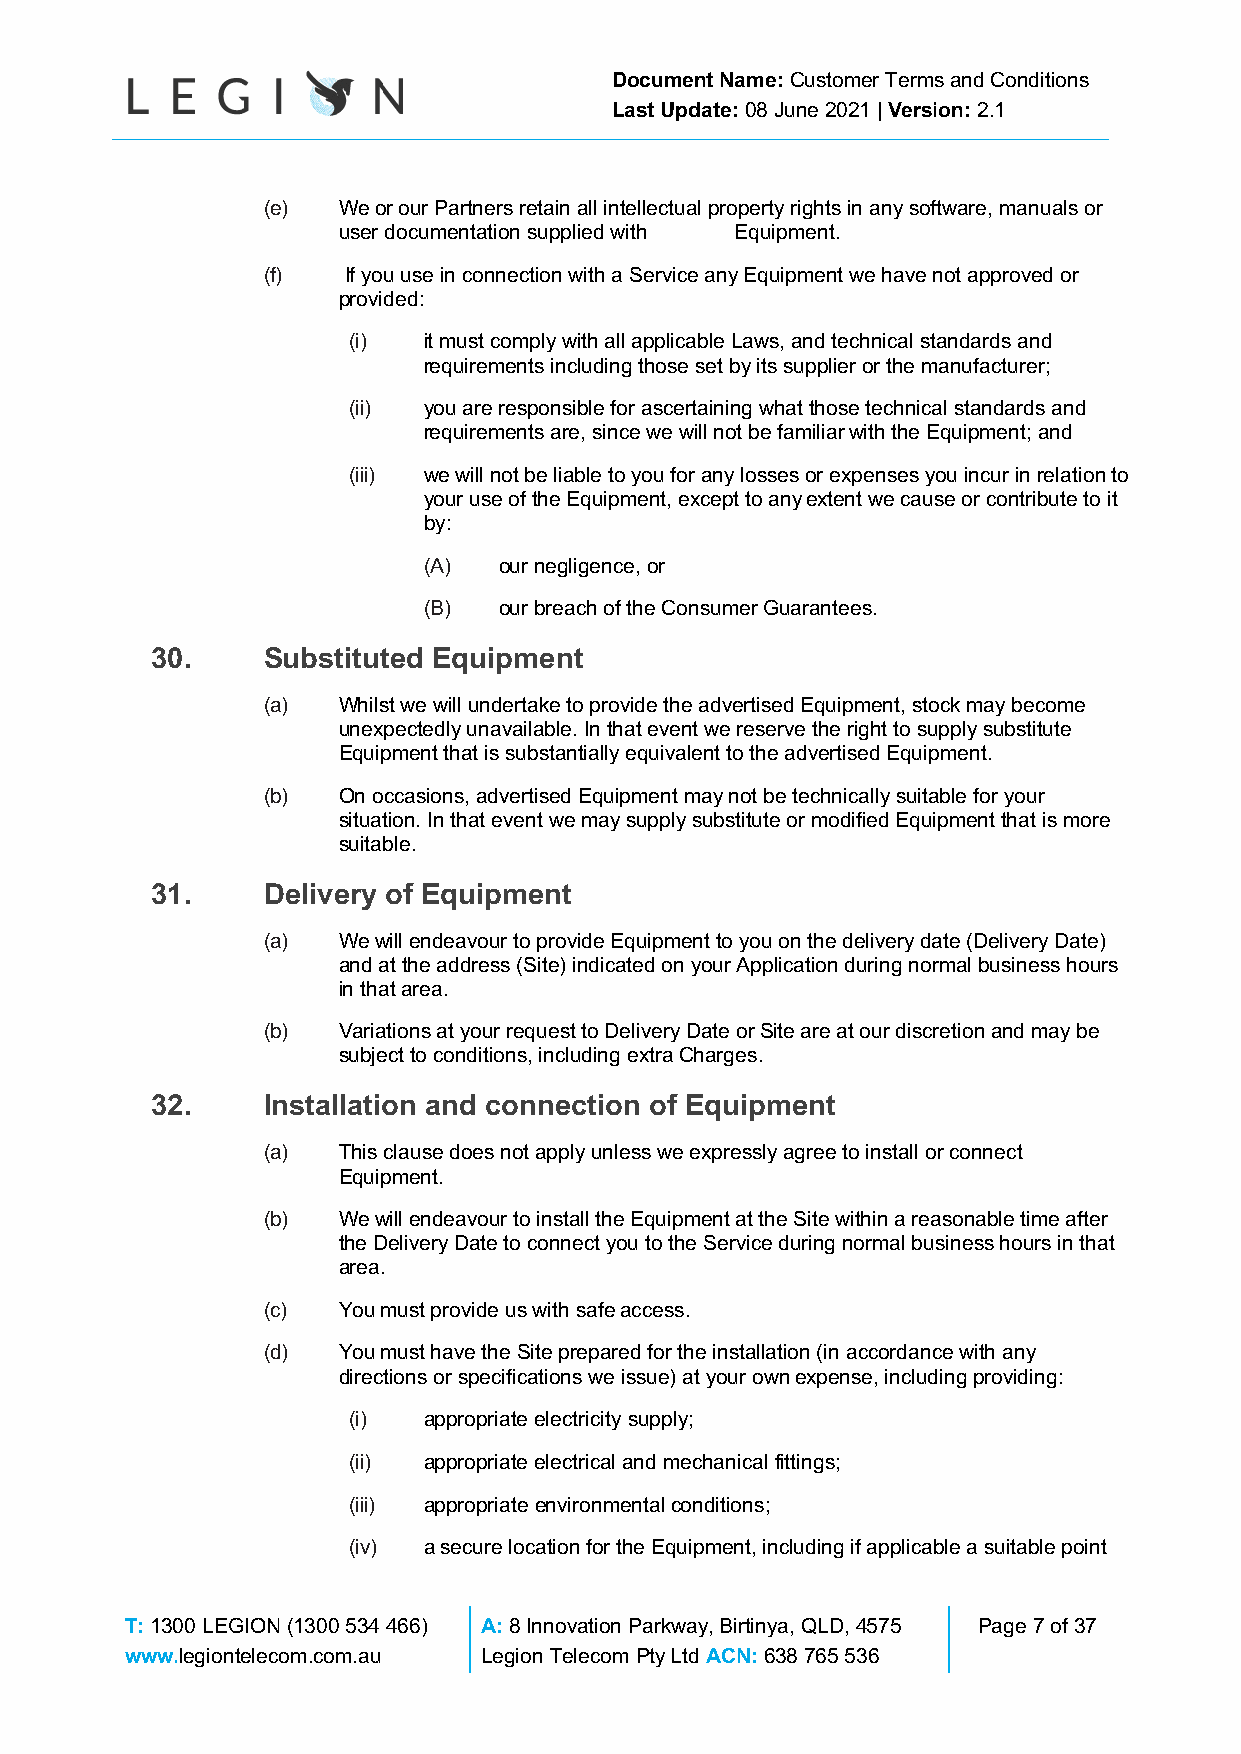
Document Name: Customer Terms and Conditions
 Last Update: 08 June 2021 | Version: 2.1
 (e)  We or our Partners retain all intellectual property rights in any software, manuals or
 user documentation supplied with Equipment.
 (f)   If you use in connection with a Service any Equipment we have not approved or
 provided:
 (i)  it must comply with all applicable Laws, and technical standards and
 requirements including those set by its supplier or the manufacturer;
 (ii) you are responsible for ascertaining what those technical standards and
 requirements are, since we will not be familiar with the Equipment; and
 (iii) we will not be liable to you for any losses or expenses you incur in relation to
 your use of the Equipment, except to any extent we cause or contribute to it
 by:
 (A)  our negligence, or
 (B)  our breach of the Consumer Guarantees.
 30.    Substituted Equipment
 (a)  Whilst we will undertake to provide the advertised Equipment, stock may become
 unexpectedly unavailable. In that event we reserve the right to supply substitute
 Equipment that is substantially equivalent to the advertised Equipment.
 (b)  On occasions, advertised Equipment may not be technically suitable for your
 situation. In that event we may supply substitute or modified Equipment that is more
 suitable.
 31.    Delivery of Equipment
 (a)  We will endeavour to provide Equipment to you on the delivery date (Delivery Date)
 and at the address (Site) indicated on your Application during normal business hours
 in that area.
 (b)  Variations at your request to Delivery Date or Site are at our discretion and may be
 subject to conditions, including extra Charges.
 32.    Installation and connection of Equipment
 (a)  This clause does not apply unless we expressly agree to install or connect
 Equipment.
 (b)  We will endeavour to install the Equipment at the Site within a reasonable time after
 the Delivery Date to connect you to the Service during normal business hours in that
 area.
 (c)  You must provide us with safe access.
 (d)  You must have the Site prepared for the installation (in accordance with any
 directions or specifications we issue) at your own expense, including providing:
 (i)  appropriate electricity supply;
 (ii) appropriate electrical and mechanical fittings;
 (iii) appropriate environmental conditions;
 (iv) a secure location for the Equipment, including if applicable a suitable point
 T: 1300 LEGION (1300 534 466) A: 8 Innovation Parkway, Birtinya, QLD, 4575 Page 7 of 37
 www.legiontelecom.com.au Legion Telecom Pty Ltd ACN: 638 765 536